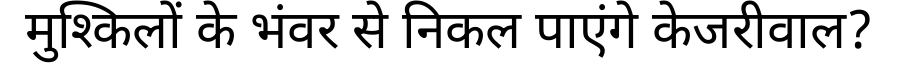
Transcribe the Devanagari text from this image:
मुश्किलों के भंवर से निकल पाएंगे केजरीवाल?